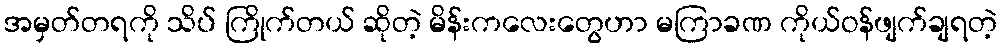
အမှတ်တရကို သိပ် ကြိုက်တယ် ဆိုတဲ့ မိန်းကလေးတွေဟာ မကြာခဏ ကိုယ်ဝန်ဖျက်ချရတဲ့